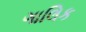
ગાલિક